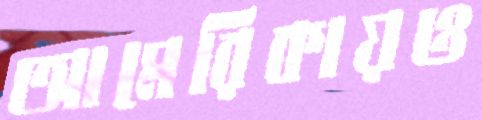
আমেরিকায়ও